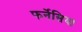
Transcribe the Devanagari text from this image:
फर्नेसिया